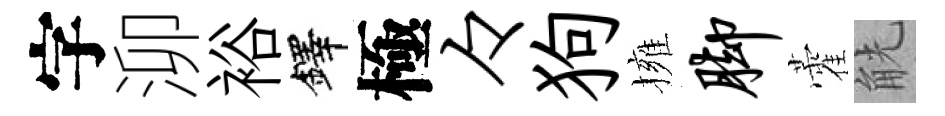
字泖裕鐸極々狗擁脚藿觥